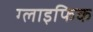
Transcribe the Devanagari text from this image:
ग्लाइफिक